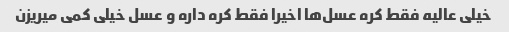
خیلی عالیه فقط کره عسل‌ها اخیرا فقط کره داره و عسل خیلی کمی میریزن